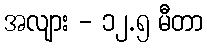
အလျား - ၁၂.၅ မီတာ